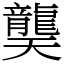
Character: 龑